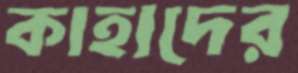
কাহাদের